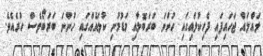
ލައްލައް ޖަހައިފައި ފެހިކުލައިގައި ހުންނަ ބަރަބޮލާއި މަޑުމުށި ކުލައެއްގައި ހުންނަ ބަރަބޯވެސް ހުރެއެވެ.